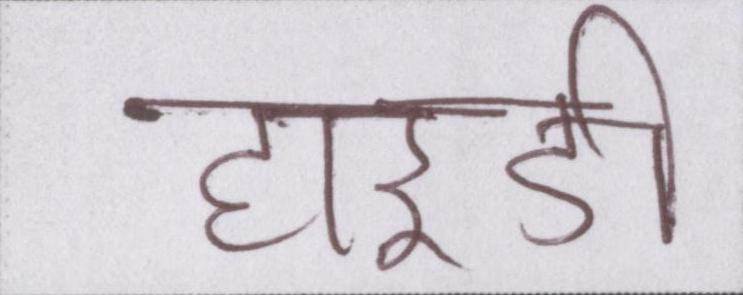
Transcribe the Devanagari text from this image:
हाइडी